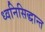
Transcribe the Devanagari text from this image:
ध्वनिसिद्धान्त